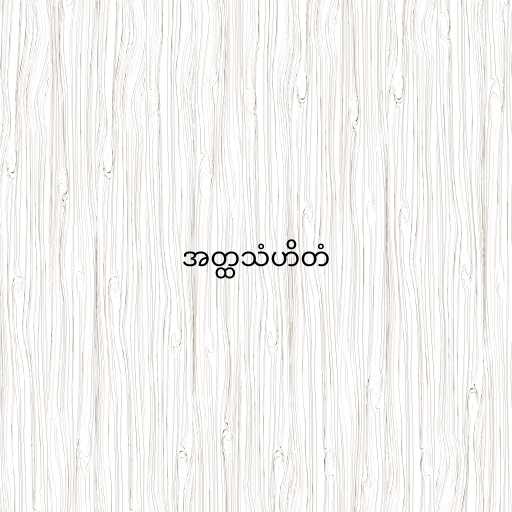
အတ္ထသံဟိတံ